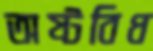
অষ্টবিধ